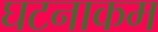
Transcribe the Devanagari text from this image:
घटनाकम